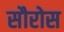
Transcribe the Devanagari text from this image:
सौरोस